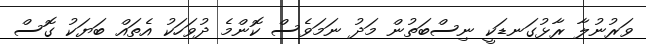
ވަރުނުލާ ރާޅުގަނޑަކީ ނިސްބަތުން މަދު ނަމަވެސް ކޮންމެ ދުވަހަކު އެތައް ބަޔަކު ގޮސް